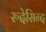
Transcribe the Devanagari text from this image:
रुदेसिन्द